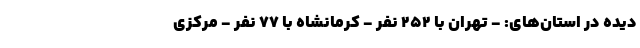
دیده در استان‌های: - تهران با ۲۵۲ نفر - کرمانشاه با ۷۷ نفر - مرکزی